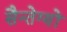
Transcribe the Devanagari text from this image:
सैन्तेग्यों